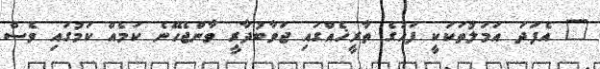
" އެފަދަ އަމަލުތަކަކީ ފަހުގެ ތާރީޚެއްގައި ޖަވާބުދާރީ ވާންޖެހޭނެ ކަމެއް ކަމުގައި ވެސް